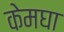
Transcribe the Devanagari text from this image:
केमघा